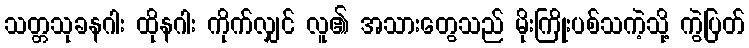
သတ္တသုခနဂါး ထိုနဂါး ကိုက်လျှင် လူ၏ အသားတွေသည် မိုးကြိုးပစ်သကဲ့သို့ ကွဲပြတ်